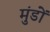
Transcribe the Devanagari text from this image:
मुंडों